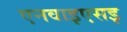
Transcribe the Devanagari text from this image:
एनवाइएसइ